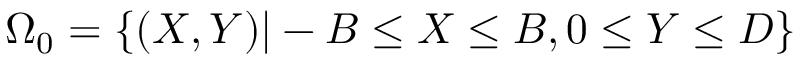
\Omega _ { 0 } = \{ ( X , Y ) | - B \leq X \leq B , 0 \leq Y \leq D \}